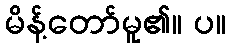
မိန့်တော်မူ၏။ ပ။